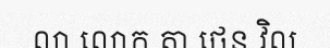
លា លោក តា ថេន វិល